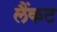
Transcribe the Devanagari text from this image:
लैंकट